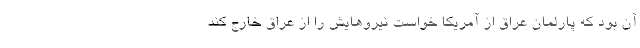
آن بود که پارلمان عراق از آمریکا خواست نیروهایش را از عراق خارج کند